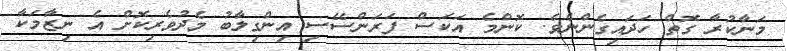
މަނާކުރާ ގޮތް ހަދައިގެންނެވެ. ކޮންމެ އަކަސް ފަރަންސޭސި އިންގިލާބު މެދުވެރިކޮށް އެ ނިޒާމަކާ